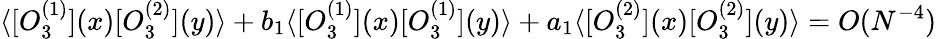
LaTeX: \langle[O_{3}^{(1)}](x)[O_{3}^{(2)}](y)\rangle+b_{1}\langle[O_{3}^{(1)}](x)[O_{3}^{(1)}](y)\rangle+a_{1}\langle[O_{3}^{(2)}](x)[O_{3}^{(2)}](y)\rangle=O(N^{-4})